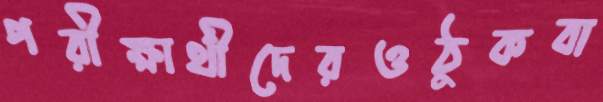
পরীক্ষার্থীদেরওঠুকবা